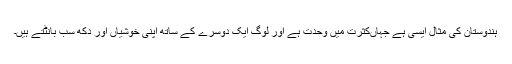
ہندوستان کی مثال ایسی ہے جہاںکثرت میں وحدت ہے اور لوگ ایک دوسرے کے ساتھ اپنی خوشیاں اور دکھ سب بانٹتے ہیں۔